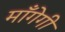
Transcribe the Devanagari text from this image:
माँगेगी